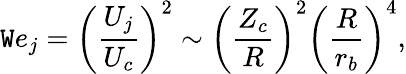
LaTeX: \mathtt{W}e_{j}=\left(\frac{{U_{j}}}{{U_{c}}}\right)^{2}\sim\left(\frac{{Z_{c}}}{{R}}\right)^{2}\left(\frac{{R}}{{r_{b}}}\right)^{4},